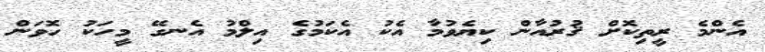
އެންމެ ރީތިކޮށް ޤުރުއާން ކިޔެވުމާ އެކު އެކަމުގެ އިލްމު އެނގޭ މީހަކު ހޮވަން